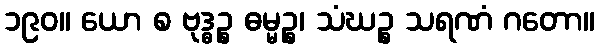
၁၉၀။ ယော စ ဗုဒ္ဓဉ္စ ဓမ္မဉ္စ၊ သံဃဉ္စ သရဏံ ဂတော။